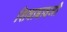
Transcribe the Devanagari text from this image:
शिवाबावजी